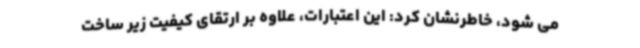
می شود، خاطرنشان کرد: این اعتبارات، علاوه بر ارتقای کیفیت زیر ساخت